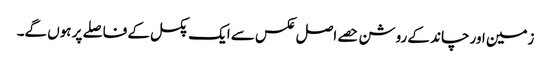
زمین اور چاند کے روشن حصے اصل عکس سے ایک پکسل کے فاصلے پر ہوں گے۔